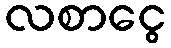
လစာငွေ